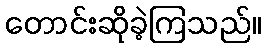
တောင်းဆိုခဲ့ကြသည်။